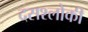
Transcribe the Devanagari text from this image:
दसश्लोकी